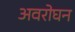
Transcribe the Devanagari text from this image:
अवरोघन